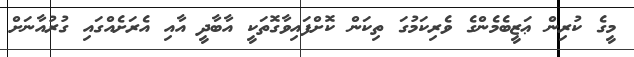
މީގެ ކުރިން ޢަޒީބެމެންގެ ވެރިކަމުގަ ތިކަން ކޮށްފައިވާގޮތަކީ އާބާދީ އާއި އެރަށެއްގައި ގުރުއާނަށް